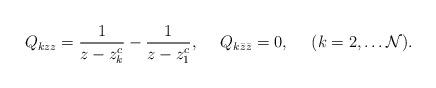
LaTeX: \begin{align*}Q_{kzz}=\frac{1}{z-z^c_k}-\frac{1}{ z-z^c_1},~~~~Q_{k\bar z \bar z}=0,~~~~(k=2,\dots {\cal N}).\end{align*}